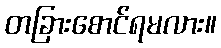
တခြားစောင်ရမလား။